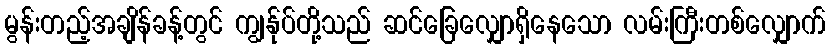
မွန်းတည့်အချိန်ခန့်တွင် ကျွန်ုပ်တို့သည် ဆင်ခြေလျှောရှိနေသော လမ်းကြီးတစ်လျှောက်